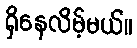
ရှိနေလိမ့်မယ်။